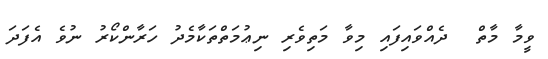
ވީމާ މާތް  ދެއްވައިފައި މިވާ މަތިވެރި ނިޢުމަތްތަކާމެދު ހަރާންކޯރު ނުވެ އެފަދަ